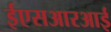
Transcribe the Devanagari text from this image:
ईएसआरआई